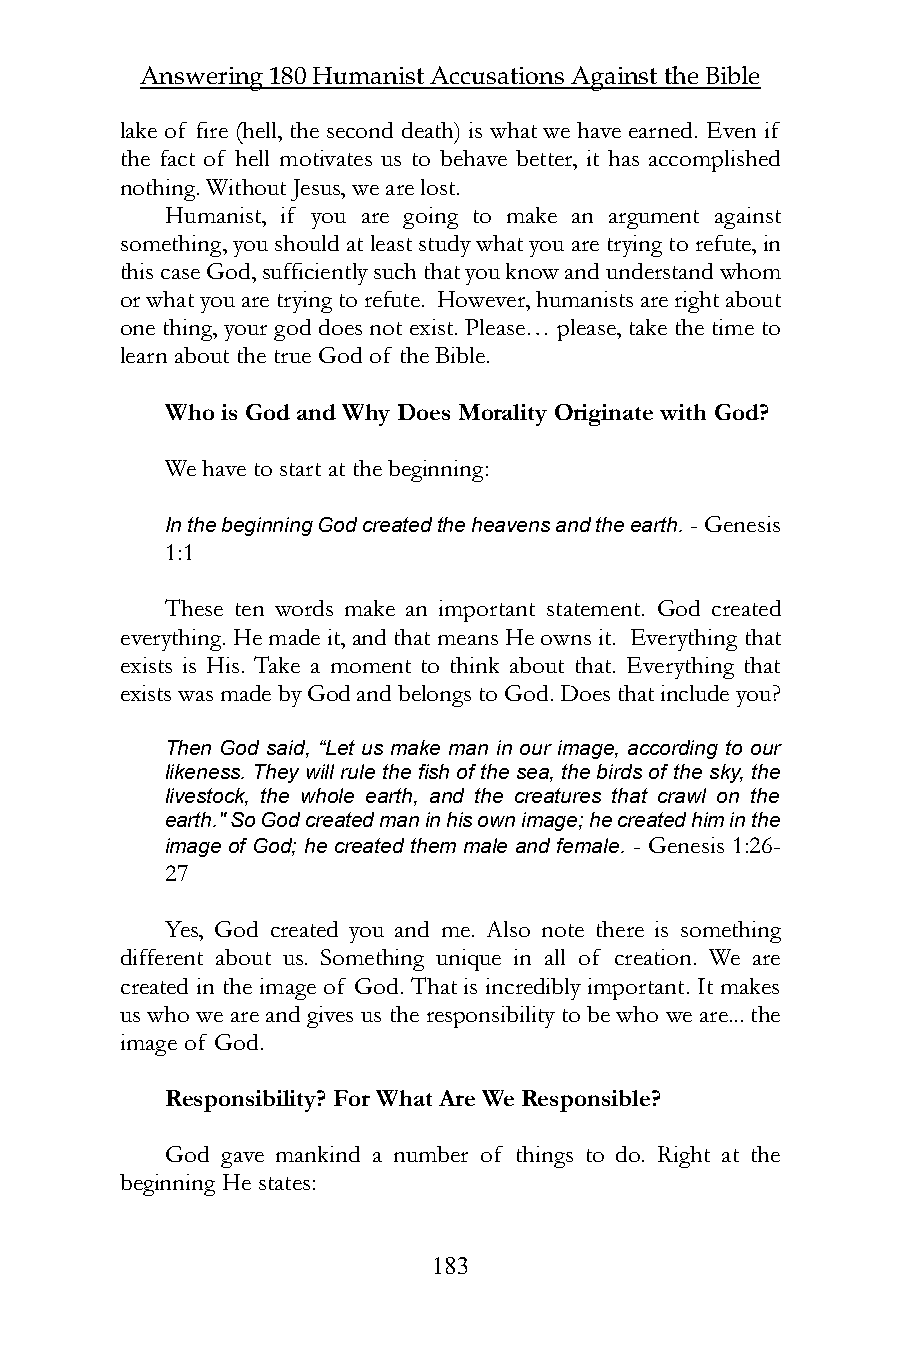
Answering 180 Humanist Accusations Against the Bible
 lake of fire (hell, the second death) is what we have earned. Even if
 the fact of hell motivates us to behave better, it has accomplished
 nothing. Without Jesus, we are lost.
 Humanist, if you are going to make an argument against
 something, you should at least study what you are trying to refute, in
 this case God, sufficiently such that you know and understand whom
 or what you are trying to refute. However, humanists are right about
 one thing, your god does not exist. Please… please, take the time to
 learn about the true God of the Bible.
 Who is God and Why Does Morality Originate with God?
 We have to start at the beginning:
 In the beginning God created the heavens and the earth. - Genesis
 1:1
 These ten words make an important statement. God created
 everything. He made it, and that means He owns it. Everything that
 exists is His. Take a moment to think about that. Everything that
 exists was made by God and belongs to God. Does that include you?
 Then God said, “Let us make man in our image, according to our
 likeness. They will rule the fish of the sea, the birds of the sky, the
 livestock, the whole earth, and the creatures that crawl on the
 earth." So God created man in his own image; he created him in the
 image of God; he created them male and female. - Genesis 1:26-
 27
 Yes, God created you and me. Also note there is something
 different about us. Something unique in all of creation. We are
 created in the image of God. That is incredibly important. It makes
 us who we are and gives us the responsibility to be who we are... the
 image of God.
 Responsibility? For What Are We Responsible?
 God gave mankind a number of things to do. Right at the
 beginning He states:
 183